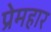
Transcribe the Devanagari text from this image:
प्रेमहार